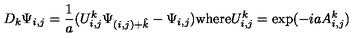
D _ { k } \Psi _ { i , j } = { \frac { 1 } { a } } ( U _ { i , j } ^ { k } \Psi _ { ( i , j ) + \hat { k } } - \Psi _ { i , j } ) \mathrm { w h e r e } U _ { i , j } ^ { k } = \mathrm { e x p } ( - i a A _ { i , j } ^ { k } )